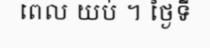
ពេល យប់ ។ ថ្ងៃទី